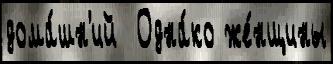
дома́шн'ий  Одна́ко же́нщины